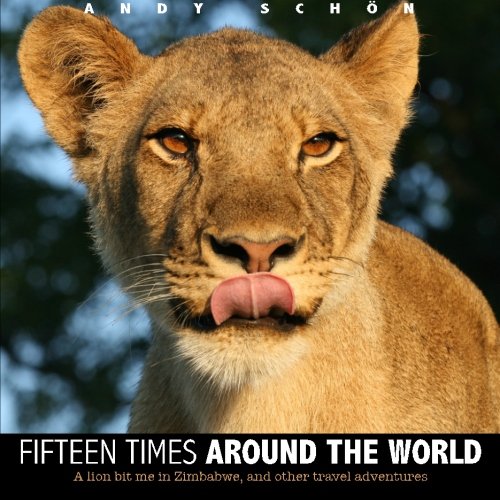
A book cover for Fifteen Times around the World: A lion bit me in Zimbabwe, and other travel adventures; Andy SchÃ¶n; Travel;